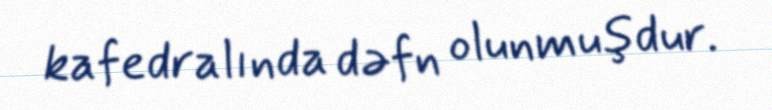
kafedralında dəfn olunmuşdur.